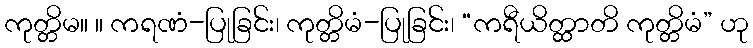
ကုတ္တိမ။ ။ ကရဏံ-ပြုခြင်း၊ ကုတ္တိမံ-ပြုခြင်း၊ “ကရီယိတ္ထာတိ ကုတ္တိမံ” ဟု